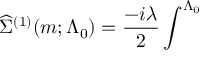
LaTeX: \widehat { \Sigma } ^ { ( 1 ) } ( m ; \Lambda _ { 0 } ) = \frac { - i \lambda } 2 \int ^ { \Lambda _ { 0 } }